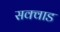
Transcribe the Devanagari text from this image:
सक्वाड